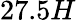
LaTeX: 27.5H